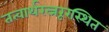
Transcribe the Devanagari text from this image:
तत्वार्थरत्नरूरस्थित